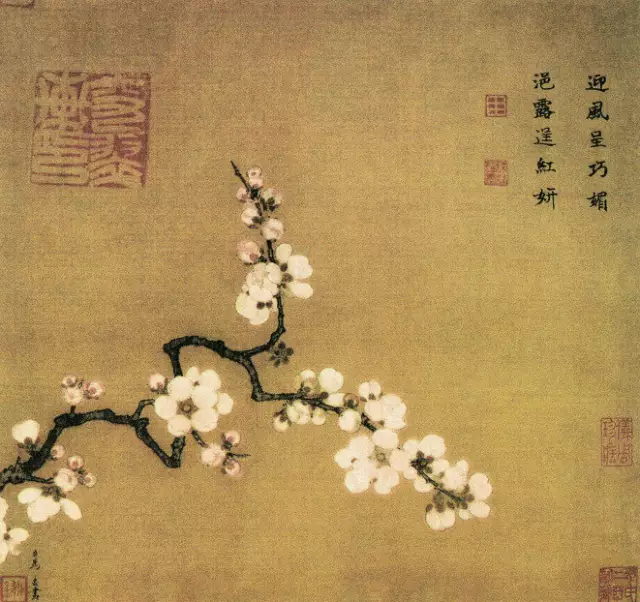
人不可以无耻。无耻之耻，无耻矣。